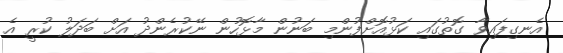
އެނގިފައިވާ ގޮތުގައި ކަޅުއޮށްފުންމި ބަނުން މާޅޮހުން ނޭކުރެންދު އަށް ބަދަލު ކުރީ އެ